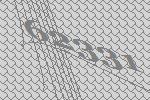
62331